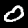
Digit: 0